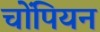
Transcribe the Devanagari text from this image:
चोंपियन